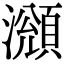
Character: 𤁫